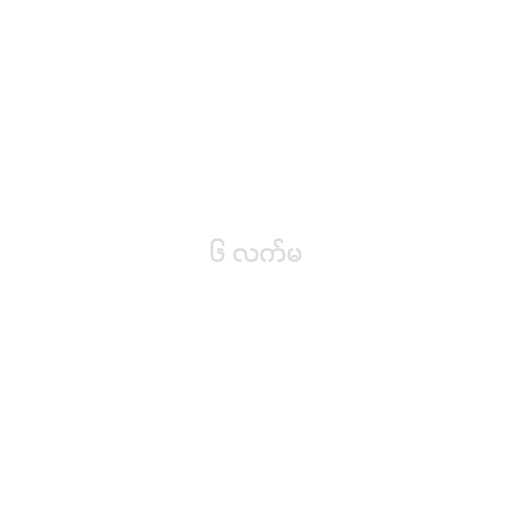
၆ လက်မ